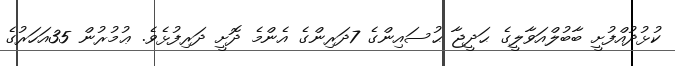
ކުޅުދުއްފުށީ ބާބުލްއަވާލީގެ ޙަދީޖާ ޙުސައިންގެ 7ދަރިންގެ އެންމެ ދޮށީ ދަރިފުޅެވެ. ޢުމުރުން 35އަހަރުގެ